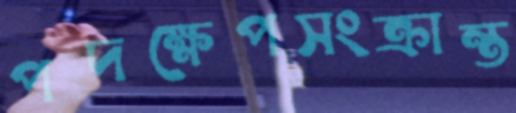
পদক্ষেপসংক্রান্ত